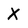
Character: X